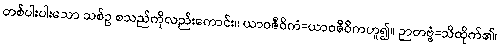
တစ်ပါးပါးသော သစ်ဥ စသည်ကိုလည်းကောင်း။ ယာဝဇီဝိကံ=ယာဝဇီဝိကဟူ၍။ ဉာတဗ္ဗံ=သိထိုက်၏၊